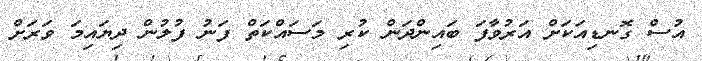
އުސް ގޮނޑިއަކަށް އަރުވާފަ ބައިންދަން ކުރި މަސައްކަތް ފަނު ފުލުން ދިޔައިމަ ވަރަށް